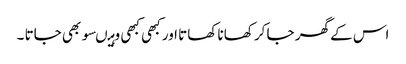
اس کے گھر جا کر کھانا کھاتا اور کبھی کبھی وہیںسو بھی جاتا ۔